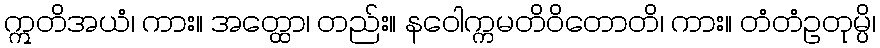
ဣတိအယံ၊ ကား။ အတ္ထော၊ တည်း။ နဝေါက္ကမတိဝိတောတိ၊ ကား။ တံတံဥတုမ္ပိ၊